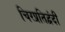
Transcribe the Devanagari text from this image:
चिरप्रतिद्वंदी